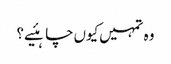
وہ تمہیں‌کیوں‌چاہئیے؟